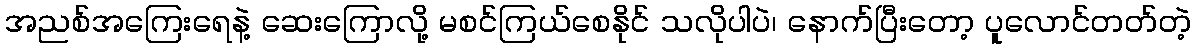
အညစ်အကြေးရေနဲ့ ဆေးကြောလို့ မစင်ကြယ်စေနိုင် သလိုပါပဲ၊ နောက်ပြီးတော့ ပူလောင်တတ်တဲ့